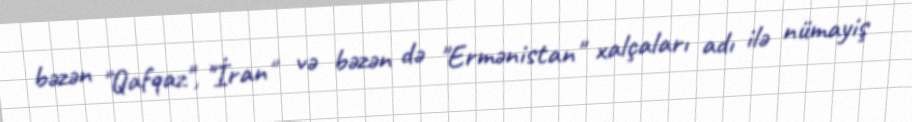
bəzən "Qafqaz", "İran" və bəzən də "Ermənistan" xalçaları adı ilə nümayiş